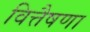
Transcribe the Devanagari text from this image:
वित्तैषणा